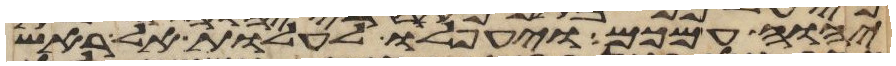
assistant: יהוה עמכם ויעפלו לעלות אל ראש